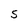
Character: S